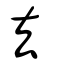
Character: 去